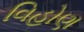
વિહોણ